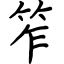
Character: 笮